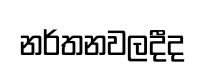
නර්තනවලදීද